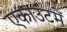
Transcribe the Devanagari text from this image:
एकाउंटमें